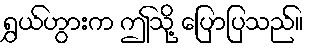
ရွှယ်ဟွားက ဤသို့ ပြောပြသည်။